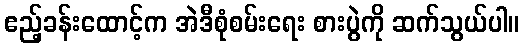
ဧည့်ခန်းထောင့်က အဲဒီစုံစမ်းရေး စားပွဲကို ဆက်သွယ်ပါ။